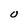
Character: O